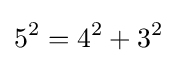
5^{2}=4^{2}+3^{2}